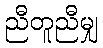
ညီတူညီမျှ